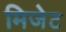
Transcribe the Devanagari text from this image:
मिजेट